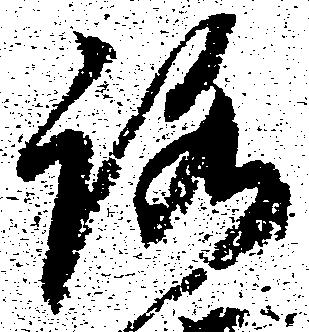
路